38_143685_box7_Incident_Summaries_1-100
Agency: Department of War
Page 147
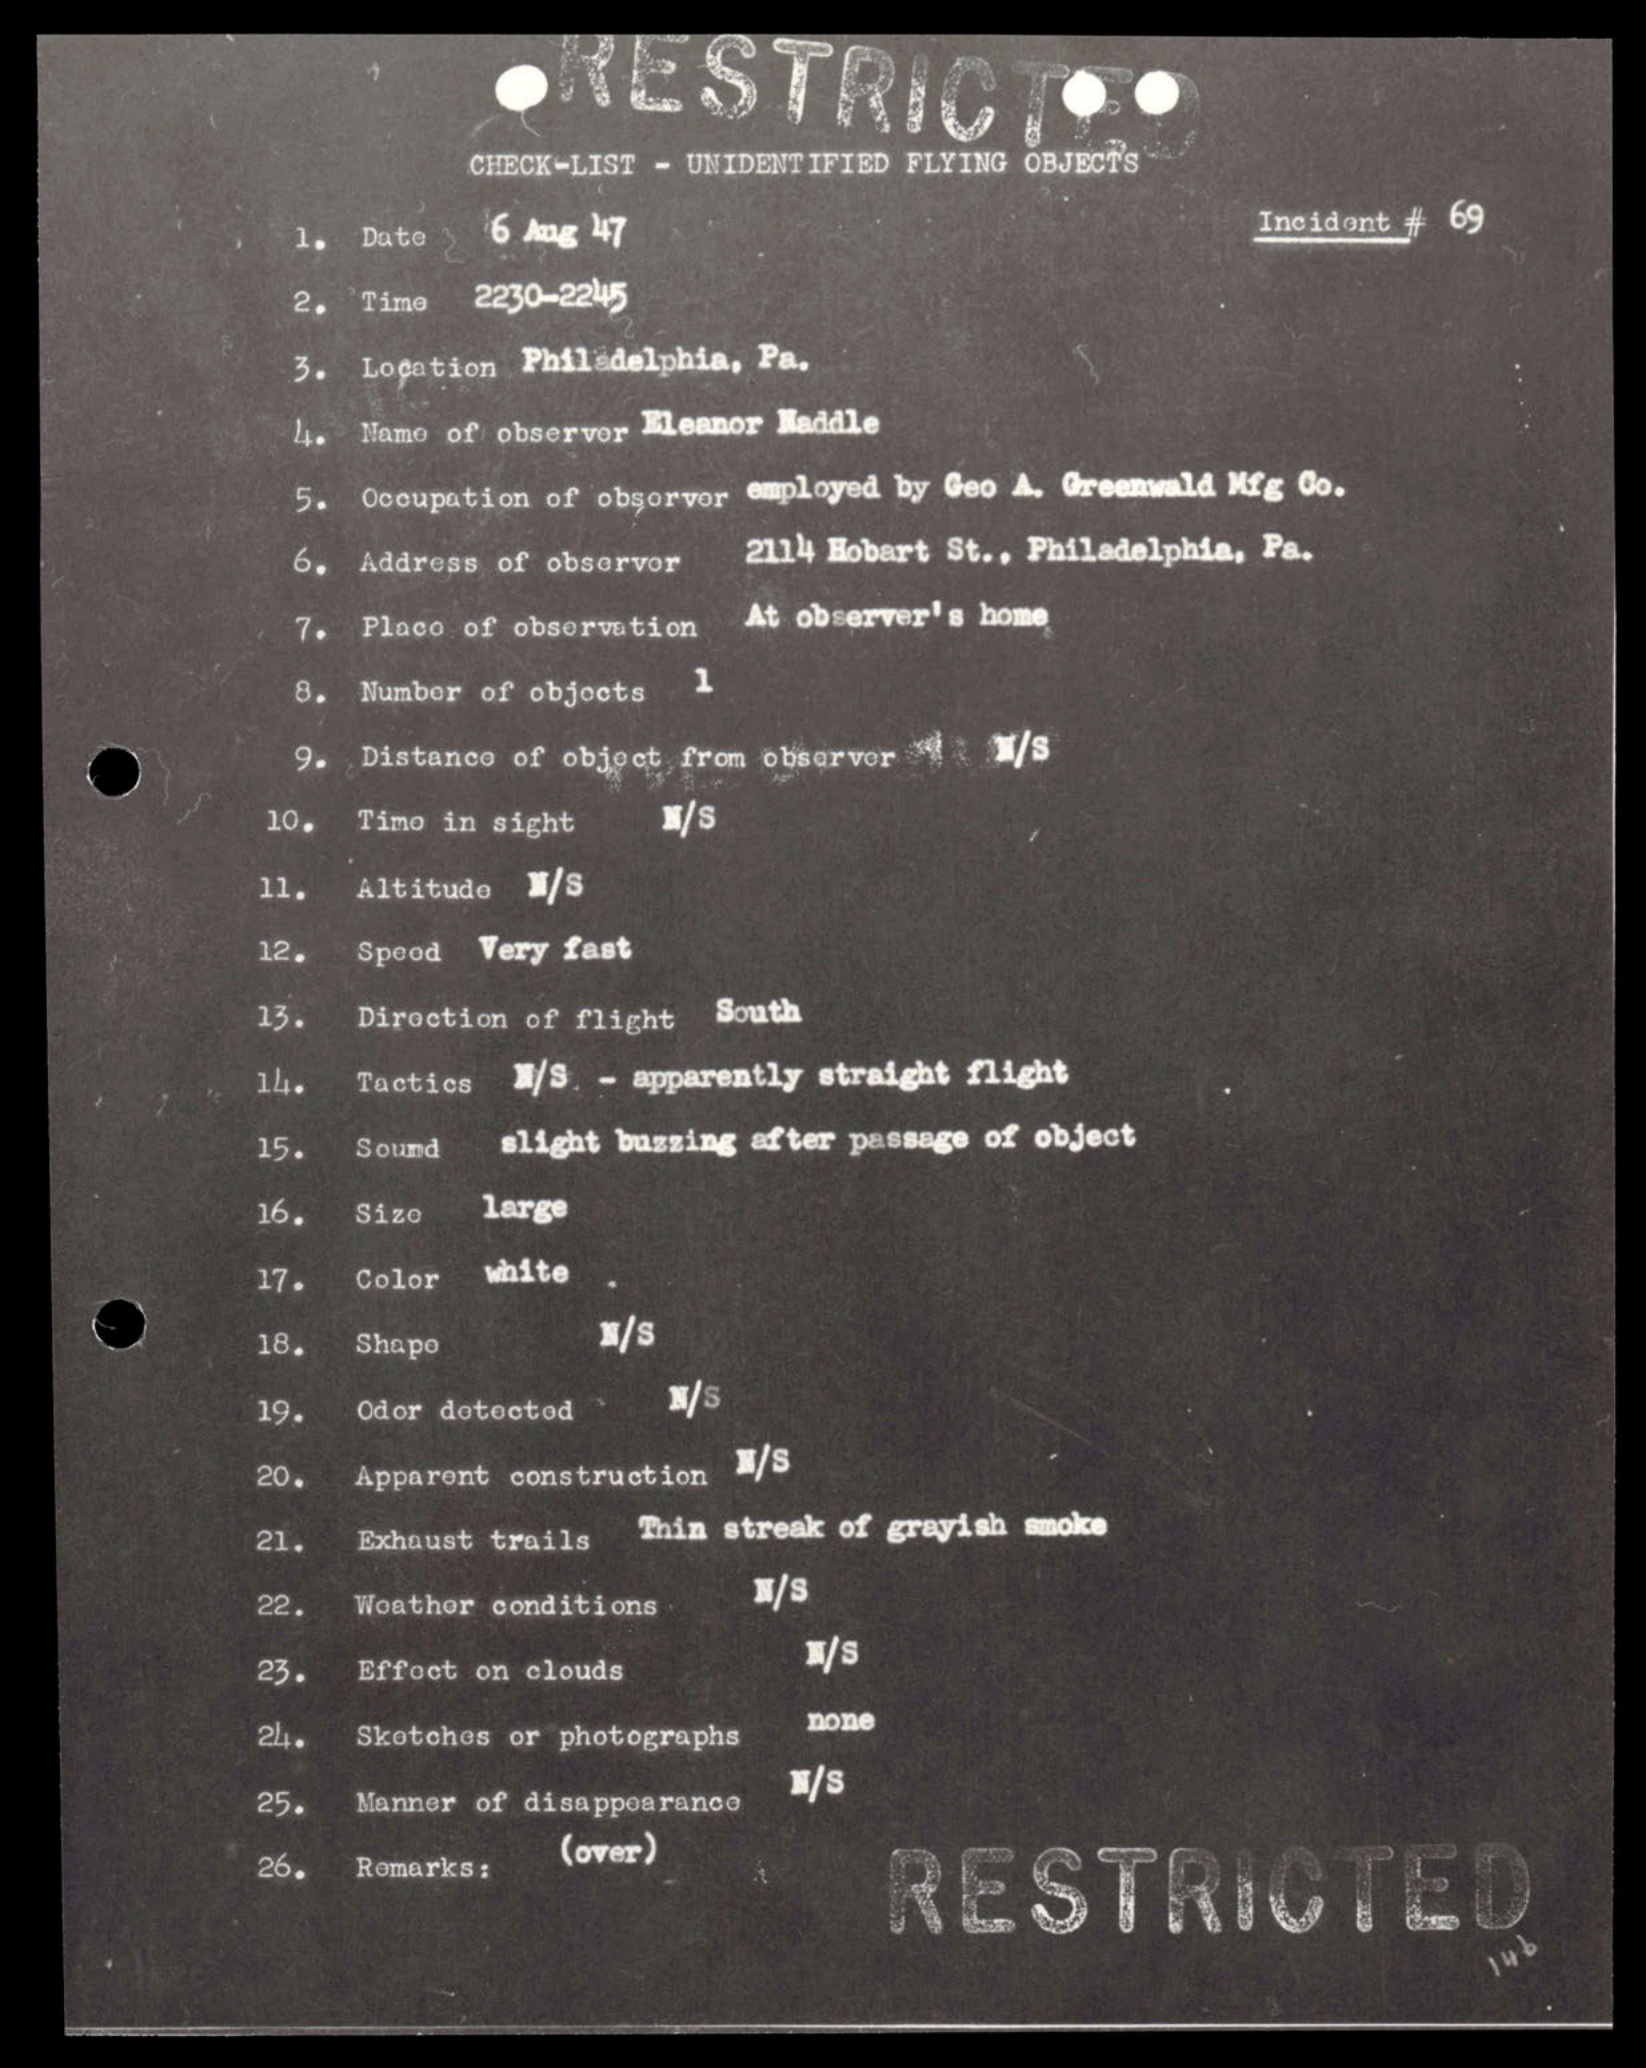